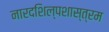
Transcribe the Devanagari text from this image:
नारदशिल्पशास्त्रम